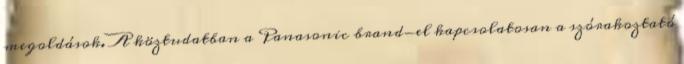
megoldások. A köztudatban a Panasonic brand-el kapcsolatosan a szórakoztató